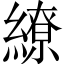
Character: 繚